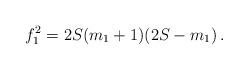
LaTeX: \begin{align*} f_1^2 = 2S(m_1+1)(2S-m_1) \,.\end{align*}